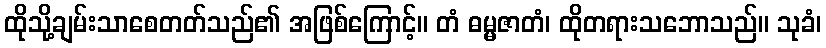
ထိုသို့ချမ်းသာစေတတ်သည်၏ အဖြစ်ကြောင့်။ တံ ဓမ္မဇာတံ၊ ထိုတရားသဘောသည်။ သုခံ၊